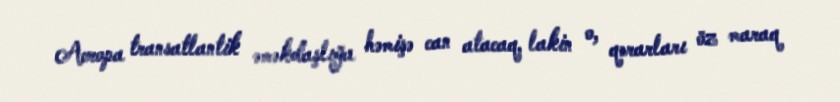
Avropa transatlantik əməkdaşlığa həmişə can atacaq, lakin o, qərarları öz maraq